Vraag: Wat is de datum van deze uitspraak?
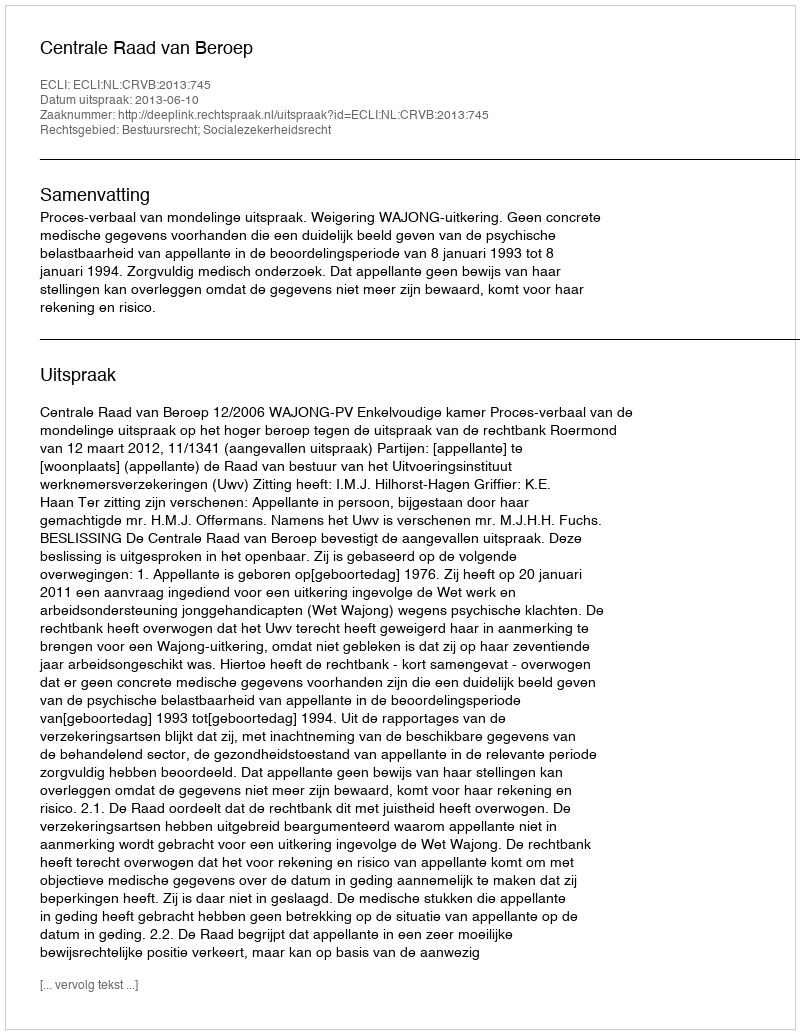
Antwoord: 2013-06-10